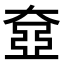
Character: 𡙞